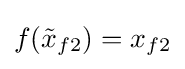
f({\tilde {x}}_{f2})=x_{f2}